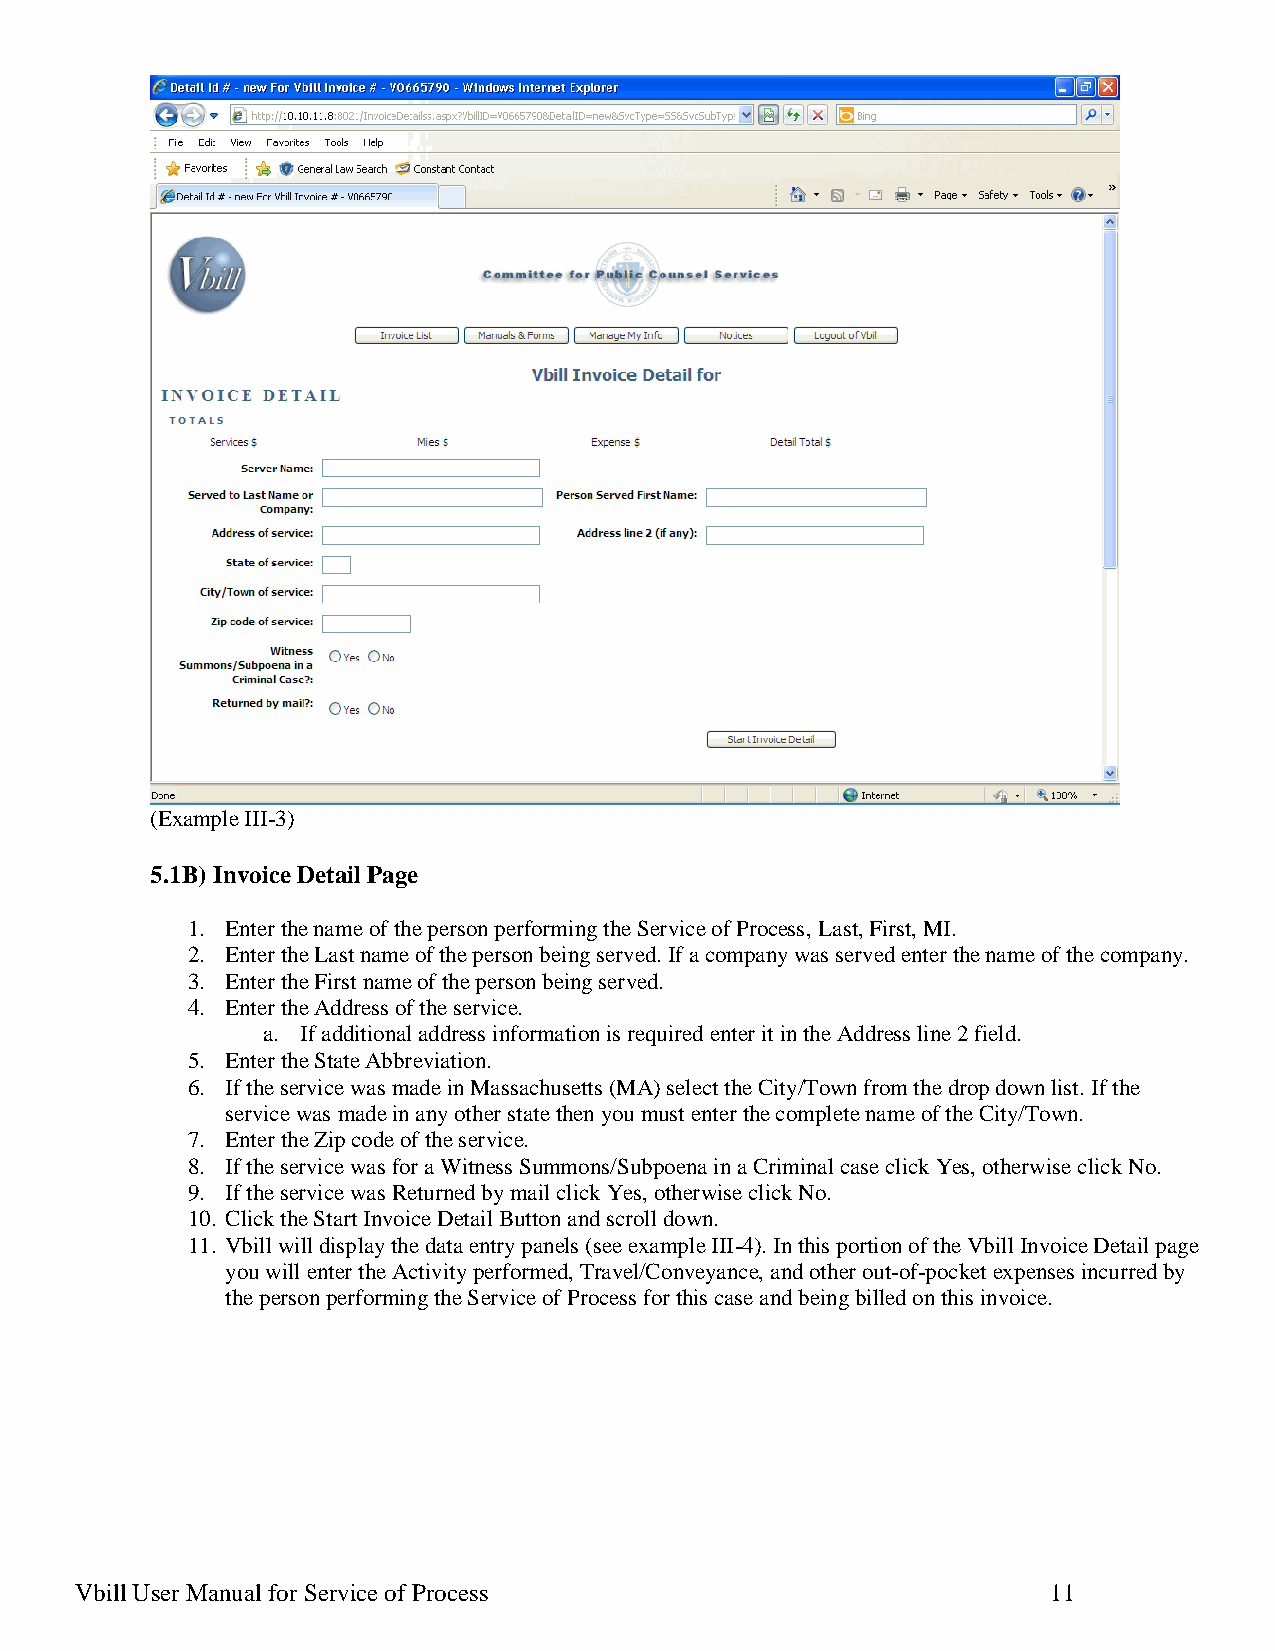
(Example III-3)
 5.1B) Invoice Detail Page
 1. Enter the name of the person performing the Service of Process, Last, First, MI.
 2. Enter the Last name of the person being served. If a company was served enter the name of the company.
 3. Enter the First name of the person being served.
 4. Enter the Address of the service.
 a. If additional address information is required enter it in the Address line 2 field.
 5. Enter the State Abbreviation.
 6. If the service was made in Massachusetts (MA) select the City/Town from the drop down list. If the
 service was made in any other state then you must enter the complete name of the City/Town.
 7. Enter the Zip code of the service.
 8. If the service was for a Witness Summons/Subpoena in a Criminal case click Yes, otherwise click No.
 9. If the service was Returned by mail click Yes, otherwise click No.
 10. Click the Start Invoice Detail Button and scroll down.
 11. Vbill will display the data entry panels (see example III-4). In this portion of the Vbill Invoice Detail page
 you will enter the Activity performed, Travel/Conveyance, and other out-of-pocket expenses incurred by
 the person performing the Service of Process for this case and being billed on this invoice.
 Vbill User Manual for Service of Process                         11